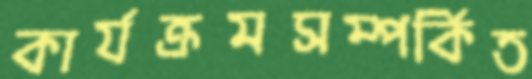
কার্যক্রমসম্পর্কিত